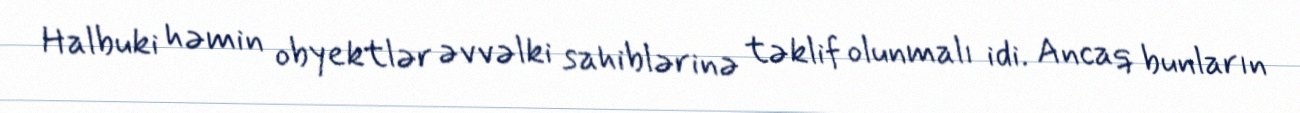
Halbuki həmin obyektlər əvvəlki sahiblərinə təklif olunmalı idi. Ancaq bunların